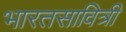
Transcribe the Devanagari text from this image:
भारतसावित्री